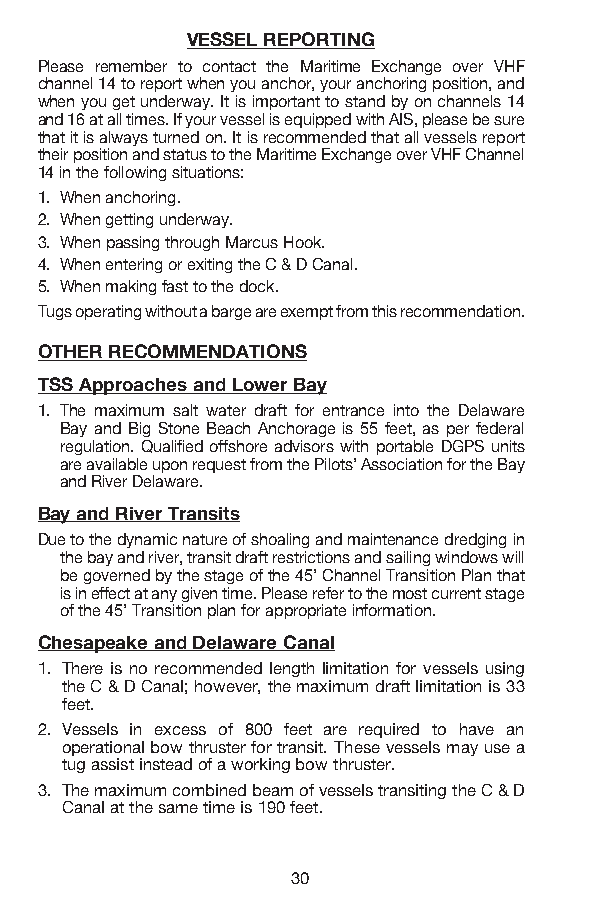
VESSEL REPORTING
 Please remember to contact the Maritime Exchange over VHF
 channel 14 to report when you anchor, your anchoring position, and
 when you get underway. It is important to stand by on channels 14
 and 16 at all times. If your vessel is equipped with AIS, please be sure
 that it is always turned on. It is recommended that all vessels report
 their position and status to the Maritime Exchange over VHF Channel
 14 in the following situations:
 1. When anchoring.
 2. When getting underway.
 3. When passing through Marcus Hook.
 4. When entering or exiting the C & D Canal.
 5. When making fast to the dock.
 Tugs operating without a barge are exempt from this recommendation.
 OTHER RECOMMENDATIONS
 TSS Approaches and Lower Bay
 1. The maximum salt water draft for entrance into the Delaware
 Bay and Big Stone Beach Anchorage is 55 feet, as per federal
 regulation. Qualified offshore advisors with portable DGPS units
 are available upon request from the Pilots’ Association for the Bay
 and River Delaware.
 Bay and River Transits
 Due to the dynamic nature of shoaling and maintenance dredging in
 the bay and river, transit draft restrictions and sailing windows will
 be governed by the stage of the 45’ Channel Transition Plan that
 is in effect at any given time. Please refer to the most current stage
 of the 45’ Transition plan for appropriate information.
 Chesapeake and Delaware Canal
 1. There is no recommended length limitation for vessels using
 the C & D Canal; however, the maximum draft limitation is 33
 feet.
 2. Vessels in excess of 800 feet are required to have an
 operational bow thruster for transit. These vessels may use a
 tug assist instead of a working bow thruster.
 3. The maximum combined beam of vessels transiting the C & D
 Canal at the same time is 190 feet.
 30